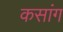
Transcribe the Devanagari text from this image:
कसांग